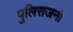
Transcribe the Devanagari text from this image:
पुलिसजनों